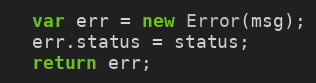
Language: JavaScript
  var err = new Error(msg);
  err.status = status;
  return err;